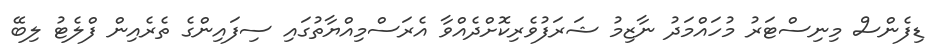
ޑިފެންސް މިނިސްޓަރު މުހައްމަދު ނާޒިމު ޝަރަފުވެރިކޮށްދެއްވާ އެރަސްމިއްޔާތުގައި ސިފައިންގެ ތެރެއިން ފްލެޓު ލިބޭ